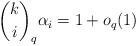
LaTeX: \begin{align*}{k \choose i}_q \alpha_i = 1 + o_q(1)\end{align*}